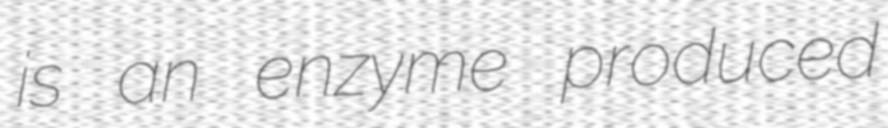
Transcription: is an enzyme produced